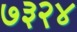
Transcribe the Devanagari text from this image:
७३२४